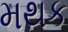
મથક